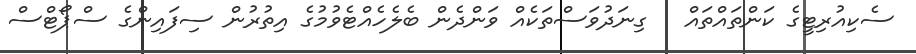
ސެކިއުރިޓީގެ ކަންތައްތައް   ގިނަދުވަސްތަކެއް ވަންދެން ބެލެހެއްޓެވުމުގެ އިތުރުން ސިފައިންގެ ސްޕޯޓްސް